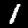
Label: 1